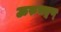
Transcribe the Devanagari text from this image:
ऊरुभङ्गम्